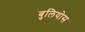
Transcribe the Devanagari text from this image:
बुलियोस